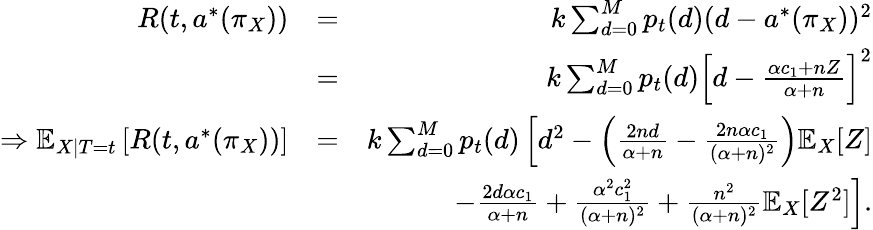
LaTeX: \begin{array}{rlr}{R(t,a^{*}(\pi_{X}))}&{=}&{k\sum_{d=0}^{M}p_{t}(d)(d-a^{*}(\pi_{X}))^{2}}\\ &{=}&{k\sum_{d=0}^{M}p_{t}(d)\left[d-\frac{\alpha c_{1}+nZ}{\alpha+n}\right]^{2}}\\ {\Rightarrow\mathbb{E}_{X|T=t}\left[R(t,a^{*}(\pi_{X}))\right]}&{=}&{k\sum_{d=0}^{M}p_{t}(d)\left[d^{2}-\left(\frac{2nd}{\alpha+n}-\frac{2n\alpha c_{1}}{(\alpha+n)^{2}}\right)\right.\mathbb{E}_{X}[Z]}\\ &{}&{\left.-\frac{2d\alpha c_{1}}{\alpha+n}+\frac{\alpha^{2}c_{1}^{2}}{(\alpha+n)^{2}}+\frac{n^{2}}{(\alpha+n)^{2}}\mathbb{E}_{X}[Z^{2}]\right].}\end{array}